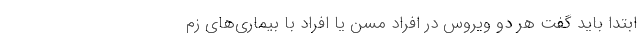
ابتدا باید گفت هر دو ویروس در افراد مسن یا افراد با بیماری‌های زم